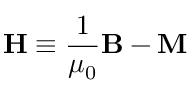
\mathbf { H } \equiv { \frac { 1 } { \mu _ { 0 } } } \mathbf { B } - \mathbf { M }